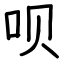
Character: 呗